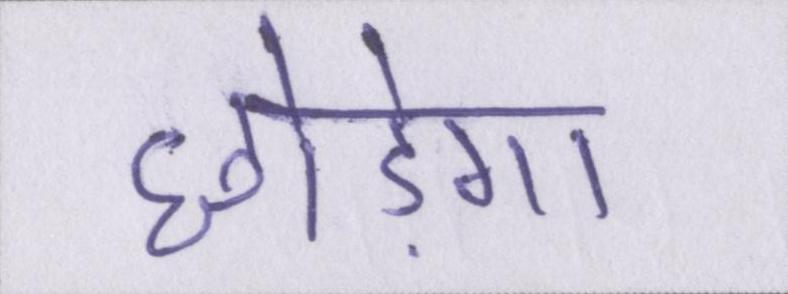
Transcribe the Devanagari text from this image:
छोड़ेगा